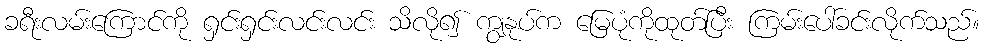
ခရီးလမ်းကြောင်ကို ရှင်းရှင်းလင်းလင်း သိလို၍ ကျွနုပ်က မြေပုံကိုထုတ်ပြီး ကြမ်းပေါ်ခင်းလိုက်သည်။